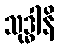
သုဒ္ဓါနိ